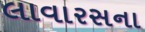
લાવારસના